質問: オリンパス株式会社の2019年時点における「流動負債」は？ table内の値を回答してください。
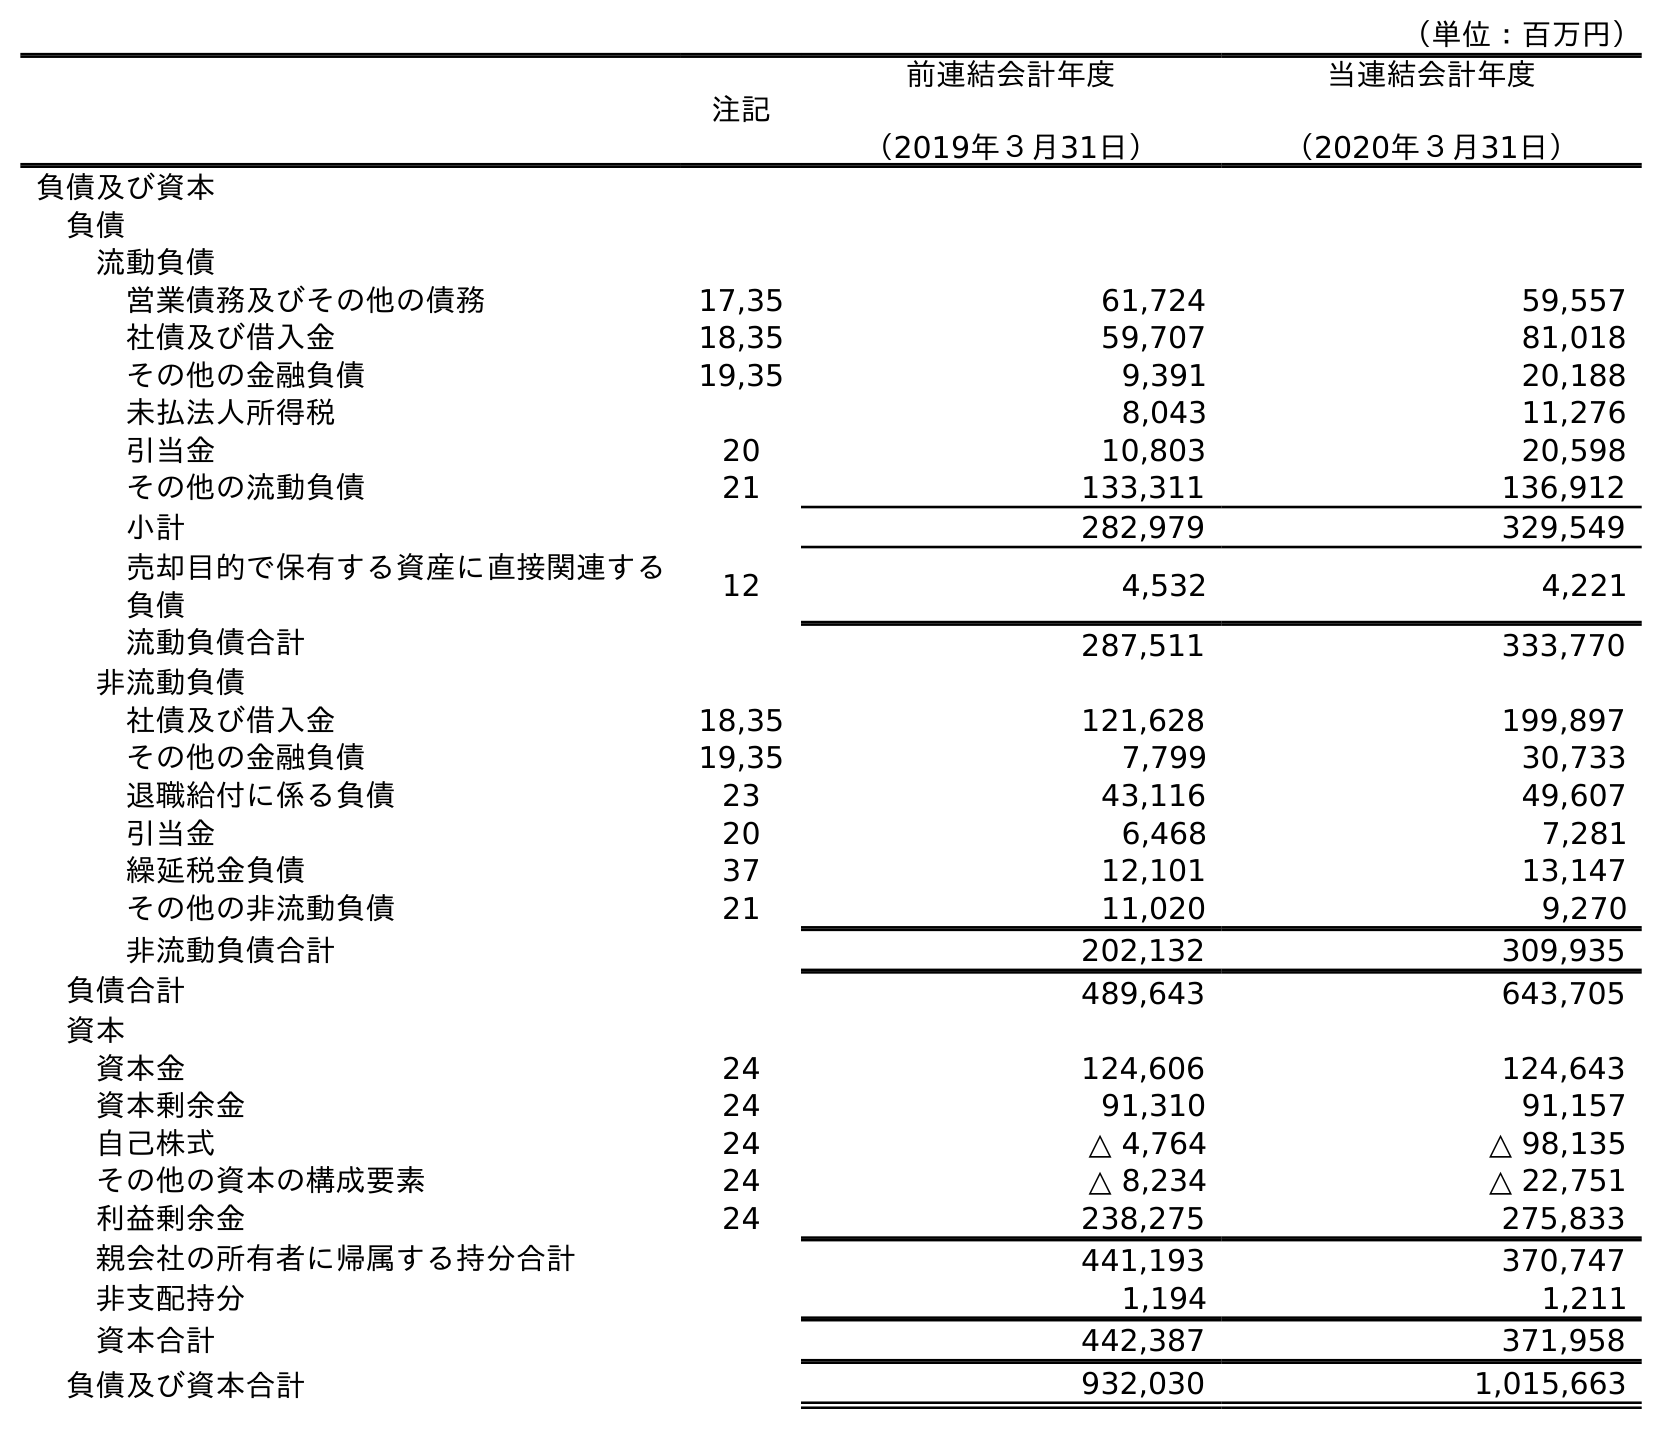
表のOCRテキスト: （単位：百万円） 注記 前連結会計年度 （2019年３月31日） 当連結会計年度 （2020年３月31日） 負債及び資本 負債 流動負債 営業債務及びその他の債務 17,35 61,724 59,557 社債及び借入金 18,35 59,707 81,018 その他の金融負債 19,35 9,391 20,188 未払法人所得税 8,043 11,276 引当金 20 10,803 20,598 その他の流動負債 21 133,311 136,912 小計 282,979 329,549 売却目的で保有する資産に直接関連する 負債 12 4,532 4,221 流動負債合計 287,511 333,770 非流動負債 社債及び借入金 18,35 121,628 199,897 その他の金融負債 19,35 7,799 30,733 退職給付に係る負債 23 43,116 49,607 引当金 20 6,468 7,281 繰延税金負債 37 12,101 13,147 その他の非流動負債 21 11,020 9,270 非流動負債合計 202,132 309,935 負債合計 489,643 643,705 資本 資本金 24 124,606 124,643 資本剰余金 24 91,310 91,157 自己株式 24 △ 4,764 △ 98,135 その他の資本の構成要素 24 △ 8,234 △ 22,751 利益剰余金 24 238,275 275,833 親会社の所有者に帰属する持分合計 441,193 370,747 非支配持分 1,194 1,211 資本合計 442,387 371,958 負債及び資本合計 932,030 1,015,663
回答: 287,511